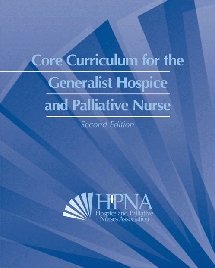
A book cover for Core Curriculum for the Generalist Hospice and Palliative Nurse; HOSPICE and PALLIATIVE NURSES  ASSOCIATION (HPNA); Medical Books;